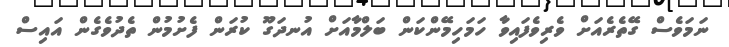
ނަމަވެސް ގޭތެރެއަށް ވެރިވެފައިވާ ހަމަހިމޭންކަން ބަލްމާއަށް އުނދަގޫ ކުރަން ފެށުމުން ތެދުވެގެން އައިސް